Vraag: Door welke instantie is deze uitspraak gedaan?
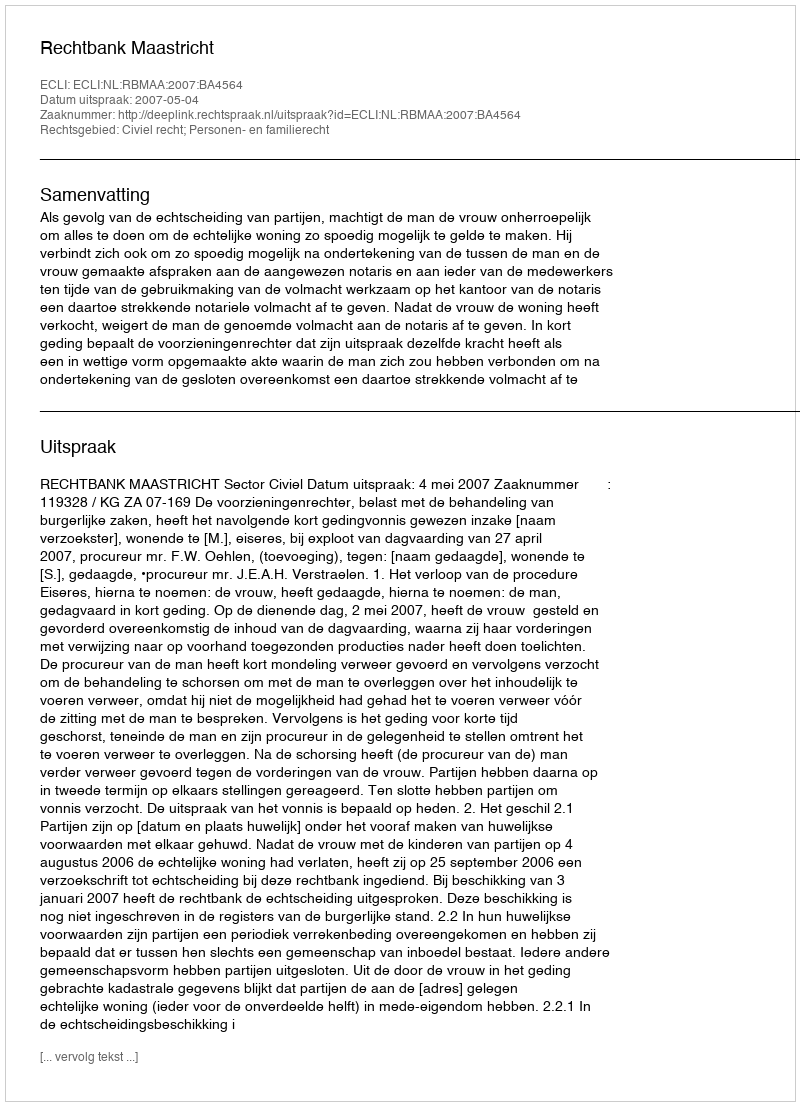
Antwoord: Rechtbank Maastricht